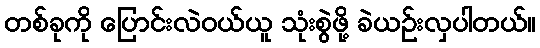
တစ်ခုကို ပြောင်းလဲဝယ်ယူ သုံးစွဲဖို့ ခဲယဉ်းလှပါတယ်။